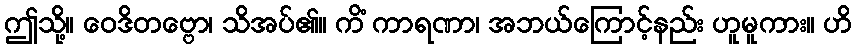
ဤသို့။ ဝေဒိတဗ္ဗော၊ သိအပ်၏။ ကိံ ကာရဏာ၊ အဘယ်ကြောင့်နည်း ဟူမူကား။ ဟိ